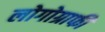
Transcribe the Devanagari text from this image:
लोगोग्राफी